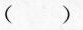
()